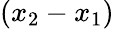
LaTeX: (x_{2}-x_{1})